Vaccination in Bombay 1869-1873 - 1869-1873
Year: 1869
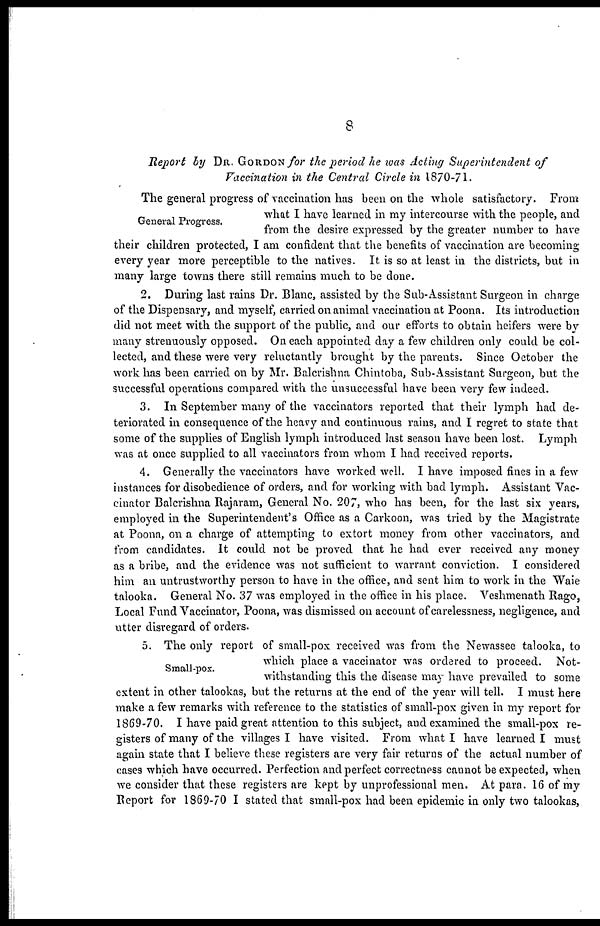
8
Report by DR. GORDON for the period he was Acting Superintendent of
Vaccination in the Centred Circle in 1870-71.
General Progress.
The general progress of vaccination has been on the whole satisfactory. From
what I have learned in my intercourse with the people, and
from the desire expressed by the greater number to have
their children protected, I am confident that the benefits of vaccination are becoming
every year more perceptible to the natives. It is so at least in the districts, but in
many large towns there still remains much to be done.
2. During last rains Dr. Blanc, assisted by the Sub-Assistant Surgeon in charge
of the Dispensary, and myself, carried on animal vaccination at Poona. Its introduction
did not meet with the support of the public, and our efforts to obtain heifers were by
many strenuously opposed. On each appointed day a few children only could be col-
lected, and these were very reluctantly brought by the parents. Since October the
work has been carried on by Mr. Balcrishna Chintoba, Sub-Assistant Surgeon, but the
successful operations compared with the unsuccessful have been very few indeed.
3. In September many of the vaccinators reported that their lymph had de-
teriorated in consequence of the heavy and continuous rains, and I regret to state that
some of the supplies of English lymph introduced last season have been lost. Lymph
was at once supplied to all vaccinators from whom I had received reports.
4. Generally the vaccinators have worked well. I have imposed fines in a few
instances for disobedience of orders, and for working with bad lymph. Assistant Vac-
cinator Balcrishna Rajaram, General No. 207, who has been, for the last six years,
employed in the Superintendent's Office as a Carkoon, was tried by the Magistrate
at Poona, on a charge of attempting to extort money from other vaccinators, and
from candidates. It could not be proved that he had ever received any money
as a bribe, and the evidence was not sufficient to warrant conviction. I considered
him an untrustworthy person to have in the office, and sent him to work in the Waie
talooka. General No. 37 was employed in the office in his place. Veshmenath Rago,
Local Fund Vaccinator, Poona, was dismissed on account of carelessness, negligence, and
utter disregard of orders.
Small-pox.
5. The only report of small-pox received was from the Newassee talooka, to
which place a vaccinator was ordered to proceed. Not-
withstanding this the disease may have prevailed to some
extent in other talookas, but the returns at the end of the year will tell. I must here
make a few remarks with reference to the statistics of small-pox given in my report for
1869-70. I have paid great attention to this subject, and examined the small-pox re-
gisters of many of the villages I have visited. From what I have learned I must
again state that I believe these registers are very fair returns of the actual number of
cases which have occurred. Perfection and perfect correctness cannot be expected, when
we consider that these registers are kept by unprofessional men, At para. 16 of my
Report for 1869-70 I stated that small-pox had been epidemic in only two talookas,